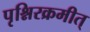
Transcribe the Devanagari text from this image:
पृश्निरक्रमीत्